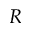
R